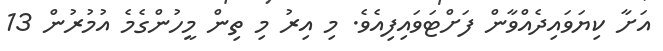
އަށާ ކިޔަވައިދެއްވާން ފަށްޓަވައިފިއެވެ. މި އިރު މި ތިން މީހުންގެމެ އުމުރުން 13